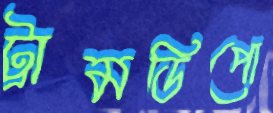
ট্রামডিপো